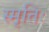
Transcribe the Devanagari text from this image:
स्मृतिः